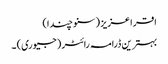
اقرا عزیز ( سنو چندا)
بہترین ڈرامہ رائٹر (جیوری) ۔